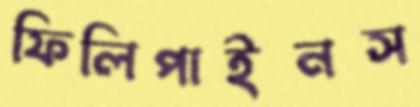
ফিলিপাইনস